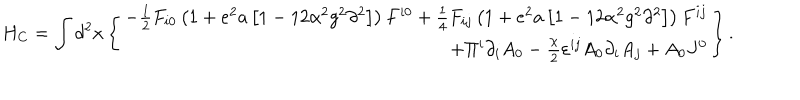
H _ { C } = \int { d ^ { 2 } } x \left\{ \begin{array} { r } { { - \frac { 1 } { 2 } F _ { i 0 } \left( { 1 + e ^ { 2 } a \left[ { 1 - 1 2 \alpha ^ { 2 } g ^ { 2 } \partial ^ { 2 } } \right] } \right) F ^ { i 0 } + \frac { 1 } { 4 } F _ { i j } \left( { 1 + e ^ { 2 } a \left[ { 1 - 1 2 \alpha ^ { 2 } g ^ { 2 } \partial ^ { 2 } } \right] } \right) F ^ { i j } } } \\ { { + \Pi ^ { i } \partial _ { i } A _ { 0 } - \frac { \chi } { 2 } \varepsilon ^ { i j } A _ { 0 } \partial _ { i } A _ { j } + A _ { 0 } J ^ { 0 } } } \\ \end{array} \right\} .